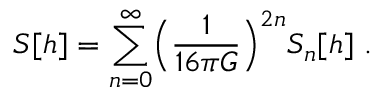
S [ h ] = \sum _ { n = 0 } ^ { \infty } \Bigl ( \frac { 1 } { 1 6 \pi G } \Bigr ) ^ { 2 n } S _ { n } [ h ] \ .